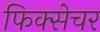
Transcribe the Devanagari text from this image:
फिक्सेचर